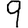
Digit: 9